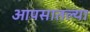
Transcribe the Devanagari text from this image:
आपसातल्या